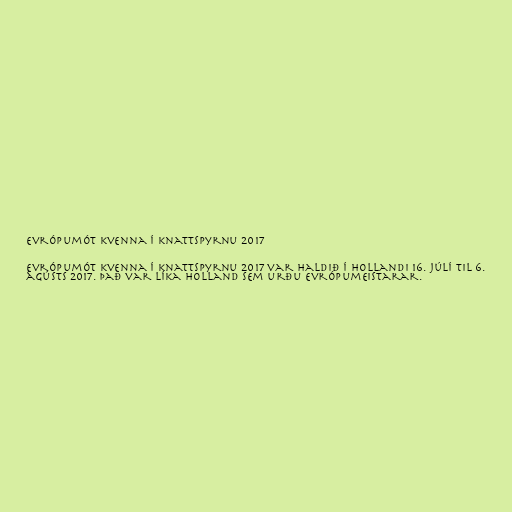
Evrópumót kvenna í knattspyrnu 2017

Evrópumót kvenna í knattspyrnu 2017 var haldið í Hollandi 16. júlí til 6.
ágústs 2017. Það var líka Holland sem urðu evrópumeistarar.